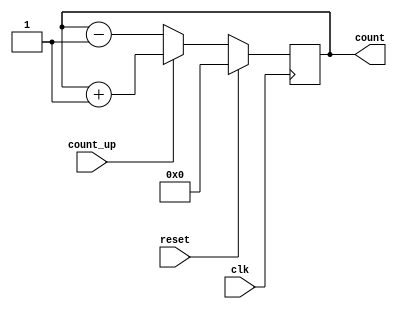
module Counter (
    input wire clk,   // Clock input
    input wire reset, // Reset input
    input wire count_up, // Count direction selector (count_up = 1 for up count, count_up = 0 for down count)
    output reg [7:0] count // Output register holding the current count value (8-bit counter)
);

always @(posedge clk) begin
    if (reset) begin
        count <= 8'h00; // Reset the count value to zero
    end else begin
        if (count_up) begin
            count <= count + 1; // Increment count value for up count mode
        end else begin
            count <= count - 1; // Decrement count value for down count mode
        end
    end
end

endmodule